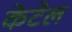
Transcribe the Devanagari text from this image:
केटेल